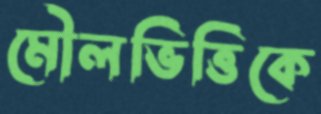
মৌলভিত্তিকে